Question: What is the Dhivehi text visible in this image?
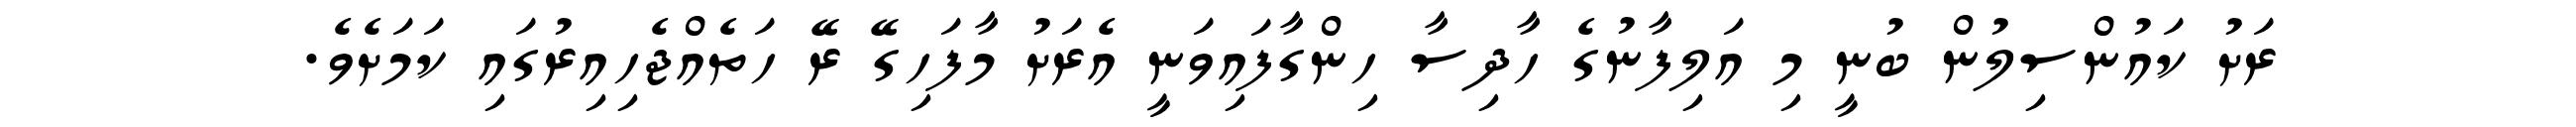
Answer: ރަށު ކައުންސިލުން ބުނީ މި އަލިފާނުގެ ހާދިސާ ހިންގާފައިވަނީ އެރަށު މާފަހިގޭ ރޭ ހަތެއްޖެހިއިރުގައި ކަމަށެވެ.